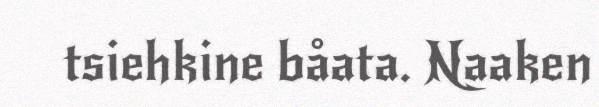
tsiehkine båata. Naaken